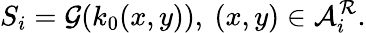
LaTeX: S_{i}=\mathcal{G}(k_{0}(x,y)),~(x,y)\in\mathcal{A}_{i}^{\mathcal{R}}.